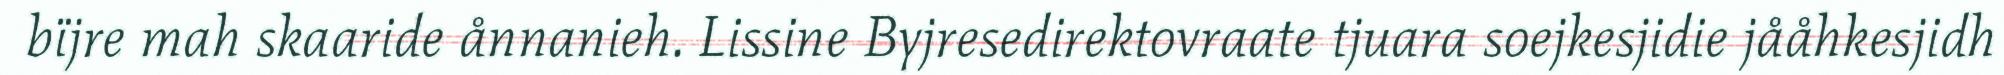
bïjre mah skaaride ånnanieh. Lissine Byjresedirektovraate tjuara soejkesjidie jååhkesjidh